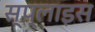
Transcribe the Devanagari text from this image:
स्प्लाइस